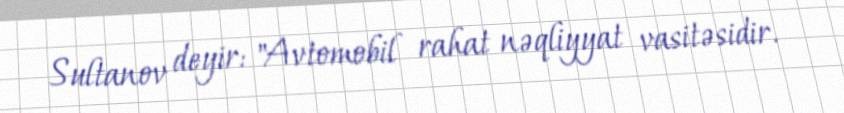
Sultanov deyir: "Avtomobil rahat nəqliyyat vasitəsidir.